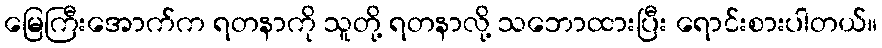
မြေကြီးအောက်က ရတနာကို သူတို့ ရတနာလို့ သဘောထားပြီး ရောင်းစားပါတယ်။